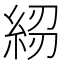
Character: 𥿷